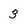
Character: 3